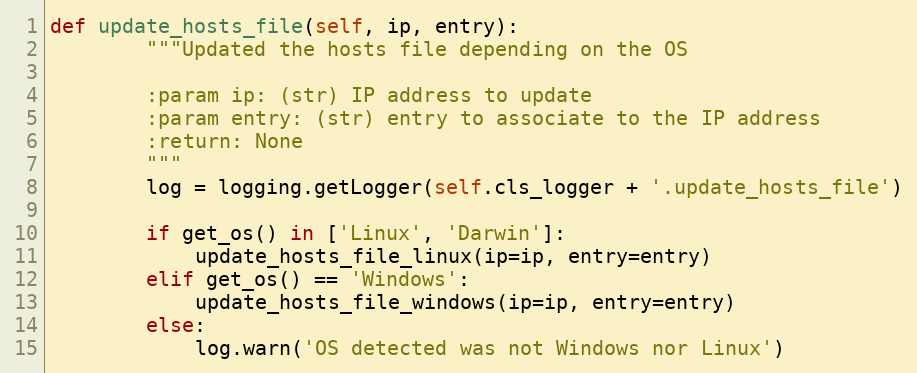
Language: Python
def update_hosts_file(self, ip, entry):
        """Updated the hosts file depending on the OS

        :param ip: (str) IP address to update
        :param entry: (str) entry to associate to the IP address
        :return: None
        """
        log = logging.getLogger(self.cls_logger + '.update_hosts_file')

        if get_os() in ['Linux', 'Darwin']:
            update_hosts_file_linux(ip=ip, entry=entry)
        elif get_os() == 'Windows':
            update_hosts_file_windows(ip=ip, entry=entry)
        else:
            log.warn('OS detected was not Windows nor Linux')